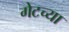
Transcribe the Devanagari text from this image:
गेटच्या